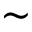
\sim